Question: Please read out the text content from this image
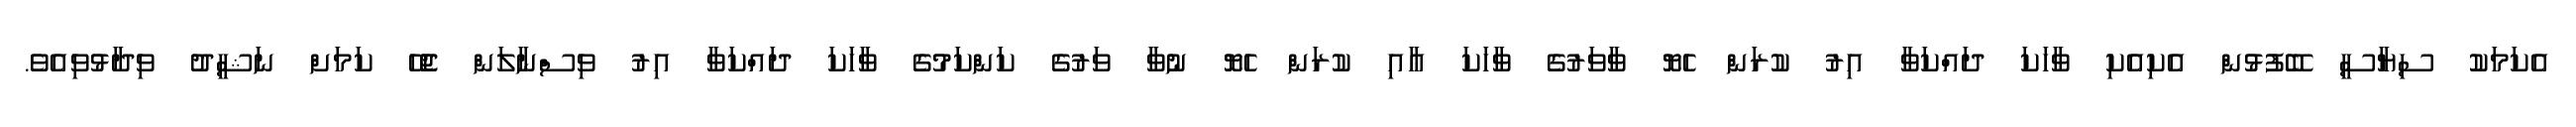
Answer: އެކަމަކު ސިޔާސީ ބޭފުޅުން އެކިއެކި ވާހަކަ ދައްކަވާ އިރު ކުރަން ހެޔޮ ވާވަރުގެ ވާހަކަ އާއި ކުރަން ހެޔޮ ނުވާ ވަރުގެ ކަންކަމުގެ ވާހަކަ ދައްކަވާ އިރު ވިސްނާލަން ޖެހޭ ކަމަށް ނަޝީދު ވިދާޅުވިއެވެ.